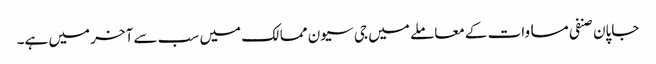
جاپان صنفی مساوات کے معاملے میں جی سیون ممالک میں سب سے آخر میں ہے۔